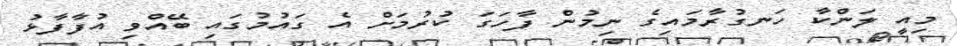
މިއީ ލަންކާ ހަނގުރާމައިގެ ނިމުން ފާހަގަ ކުރުމަށް އެ ގައުމުގައި ބޭއްވި އުފާފާޅު